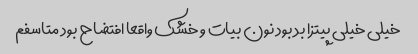
خیلی خیلی پیتزا بد بود نون بیات و خشک واقعا افتضاح بود متاسفم